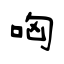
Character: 哅